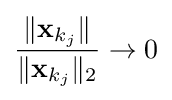
{\frac {\|\mathbf {x} _{k_{j}}\|}{\|\mathbf {x} _{k_{j}}\|_{2}}}\to 0